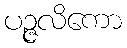
ပဉ္ဇလိကော